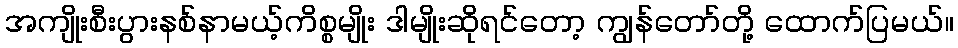
အကျိုးစီးပွားနစ်နာမယ့်ကိစ္စမျိုး ဒါမျိုးဆိုရင်တော့ ကျွန်တော်တို့ ထောက်ပြမယ်။